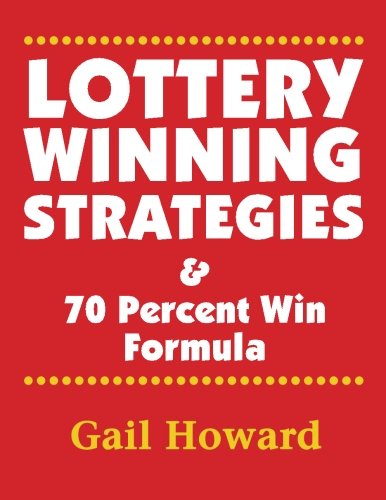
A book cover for Lottery Winning Strategies: & 70 Percent Win Formula; Ms Gail Howard; Humor & Entertainment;